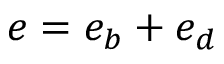
e = e _ { b } + e _ { d }